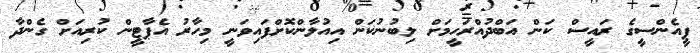
ޕީއެންސީގެ ރައީސް ކަން އަބްދުއްރަހީމަށް ލިބުނުކަން އިއުލާންކޮށްފައިވަނީ މިހާރު އެޕާޓީން ކުރިއަށް ގެންދާ